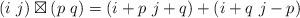
LaTeX: \begin{align*}\left(i\ j\right)\boxtimes\left(p\ q\right)=\left(i+p\ j+q\right)+\left(i+q\ j-p\right)\end{align*}